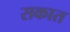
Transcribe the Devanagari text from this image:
सकात